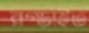
রগ্‌ড়াইত